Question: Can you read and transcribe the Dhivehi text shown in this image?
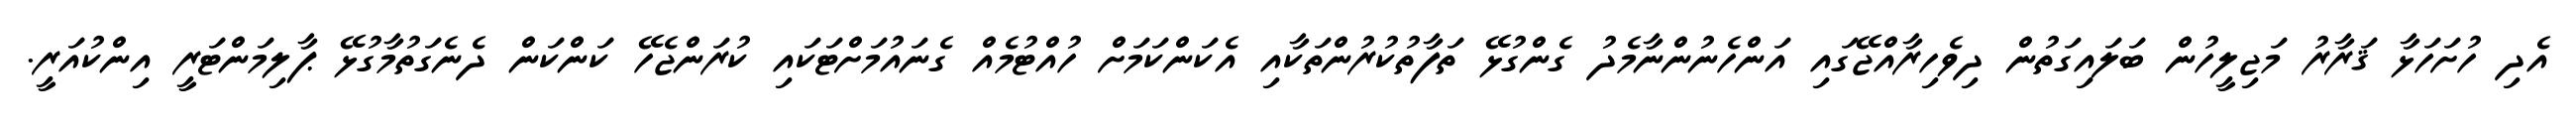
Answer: އެދި ހުށަހަޅާ ޤަރާރު މަޖިލީހުން ބަލައިގަތުން ދިވެހިރާއްޖޭގައި އަންހެނުންނާމެދު ގެންގުޅޭ ތަފާތުކުރުންތަކާއި އެކަންކަމަށް ހުއްޓުމެއް ގެނައުމަށްޓަކައި ކުރަންޖެހޭ ކަންކަން ދެނެގަތުމާގުޅޭ ޕާލިމަންޓަރީ އިންކުއަރީ.